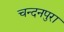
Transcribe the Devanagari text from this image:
चन्दनपुरा